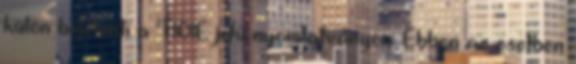
külön bejelenti a ’T101E jelű nyomtatványon. Ebben az esetben